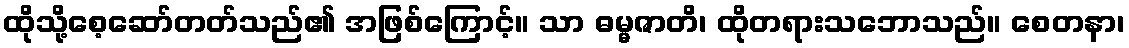
ထိုသို့စေ့ဆော်တတ်သည်၏ အဖြစ်ကြောင့်။ သာ ဓမ္မဇာတိ၊ ထိုတရားသဘောသည်။ စေတနာ၊